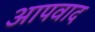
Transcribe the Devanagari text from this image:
आपवाद